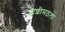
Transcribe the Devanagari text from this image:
जोशीमठला